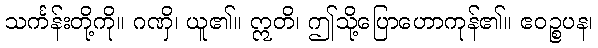
သင်္ကန်းတို့ကို။ ဂဏှိ၊ ယူ၏။ ဣတိ၊ ဤသို့ပြောဟောကုန်၏။ ဧဝဉ္စပန၊